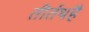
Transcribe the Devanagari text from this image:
तीर्तथहै